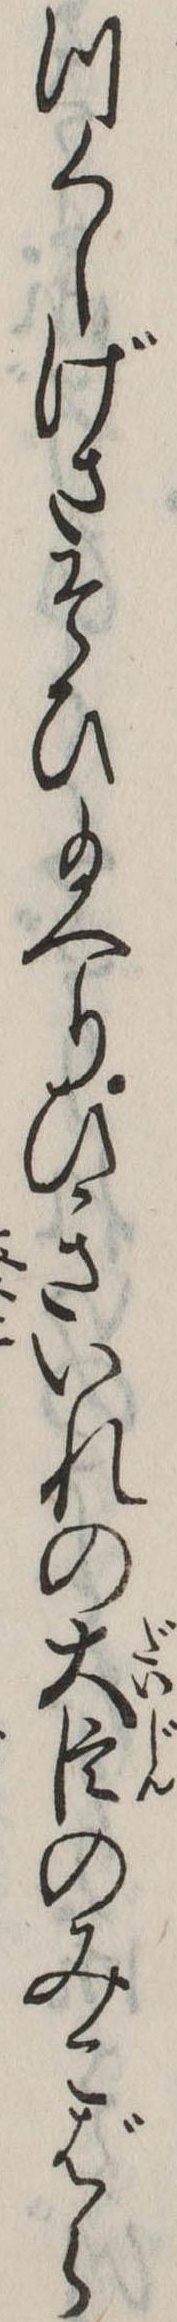
つくしげさそひ給へりひきいれの大臣のみこばら